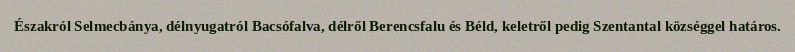
Északról Selmecbánya, délnyugatról Bacsófalva, délről Berencsfalu és Béld, keletről pedig Szentantal községgel határos.